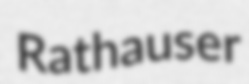
Rathauser